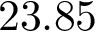
2 3 . 8 5